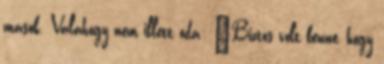
mások. Valahogy nem illett oda: "Biztos volt benne, hogy